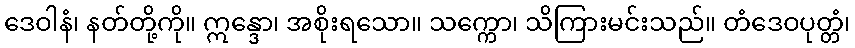
ဒေဝါနံ၊ နတ်တို့ကို။ ဣန္ဒော၊ အစိုးရသော။ သက္ကော၊ သိကြားမင်းသည်။ တံဒေဝပုတ္တံ၊